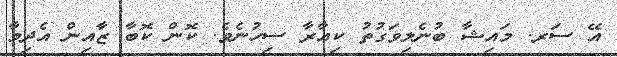
އޭ ސަރ. މައިޝާ ބުނެލިވަގުތު ކިއާރާ ސިހުނެވެ. ކޮން ކޮބާ ޒާއިން އެދިމާ